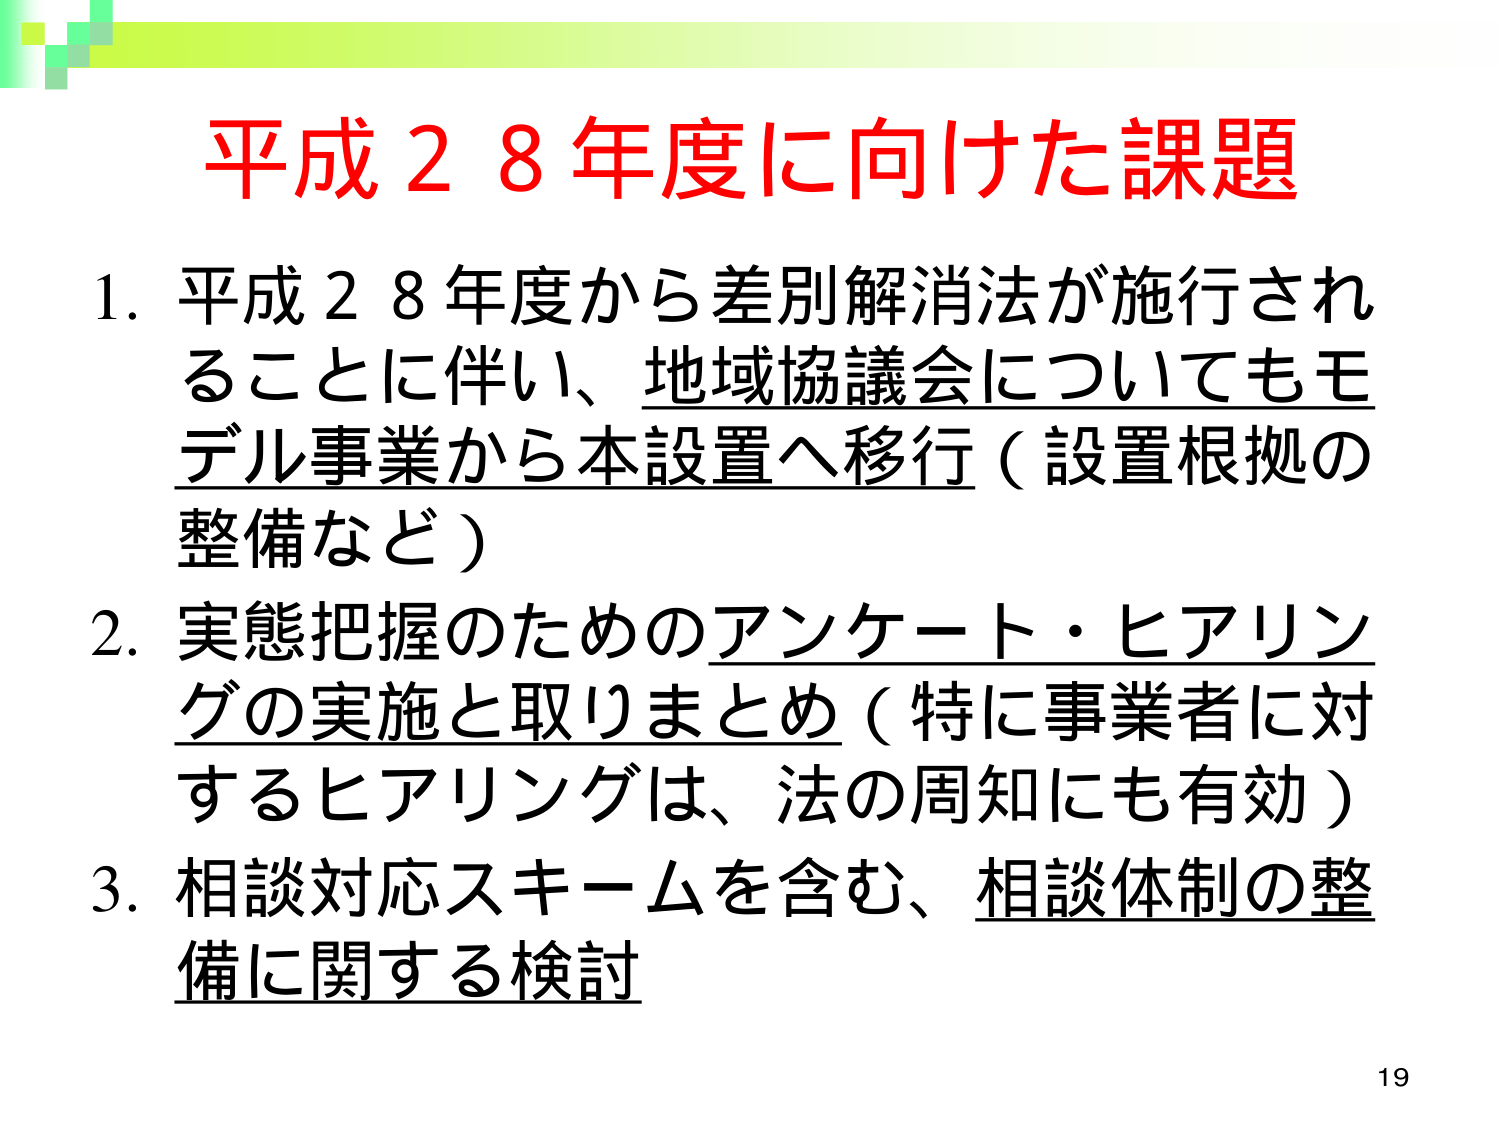
平成２８年度に向けた課題

1. 平成２８年度から差別解消法が施行されることに伴い、地域協議会についてもモデル事業から本設置へ移行（設置根拠の整備など）

2. 実態把握のためのアンケート・ヒアリングの実施と取りまとめ（特に事業者に対するヒアリングは、法の周知にも有効）

3. 相談対応スキームを含む、相談体制の整備に関する検討

19